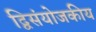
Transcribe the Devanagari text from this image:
द्विसंयोजकीय